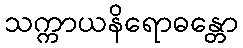
သက္ကာယနိရောဓန္တော